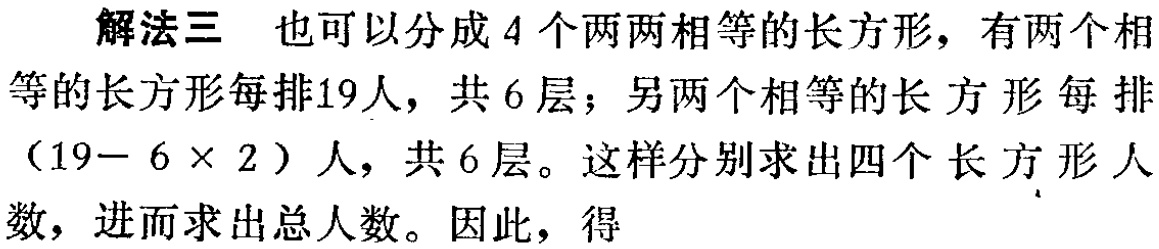
解法三 也可以分成 4 个两两相等的长方形，有两个相等的长方形每排19人，共6层；另两个相等的长方形每排$(19 - 6\times 2)$人，共6层。这样分别求出四个长方形人数，进而求出总人数。因此，得